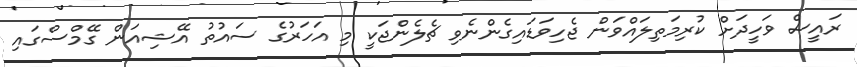
ރައީސް ވަހީދަށް ކުރިމަތިލައްވަން ޖެހިވަޑައިގެންނެވި ޗެލެންޖަކީ މި އަހަރުގެ ސައުތު އޭޝިއަން ގޭމްސްގައި